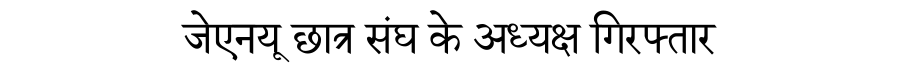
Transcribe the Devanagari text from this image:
जेएनयू छात्र संघ के अध्यक्ष गिरफ्तार